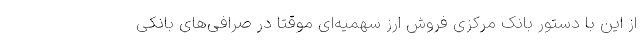
از این با دستور بانک مرکزی فروش ارز سهمیه‌ای موقتاً در صرافی‌های بانکی